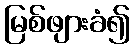
မြစ်ဖျားခံ၍